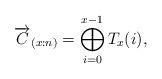
LaTeX: \begin{align*}\overrightarrow{C}_{(x:n)}=\bigoplus_{i=0}^{x-1} T_x(i),\end{align*}